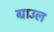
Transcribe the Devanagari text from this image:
ग्राउल